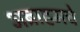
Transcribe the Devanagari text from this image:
अब्राहमचे